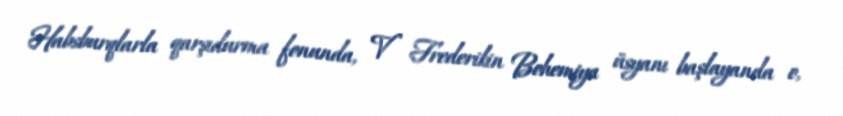
Habsburqlarla qarşıdurma fonunda, V Frederikin Bohemiya üsyanı başlayanda o,